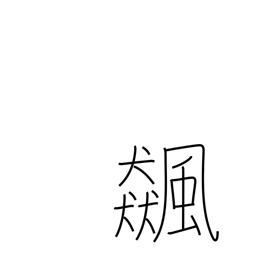
Meaning: whirlwind